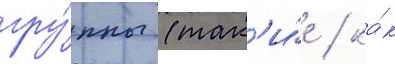
гру́ппы (так'и́е / ка́к